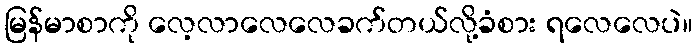
မြန်မာစာကို လေ့လာလေလေခက်တယ်လို့ခံစား ရလေလေပဲ။